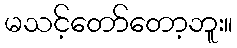
မသင့်တော်တော့ဘူး။